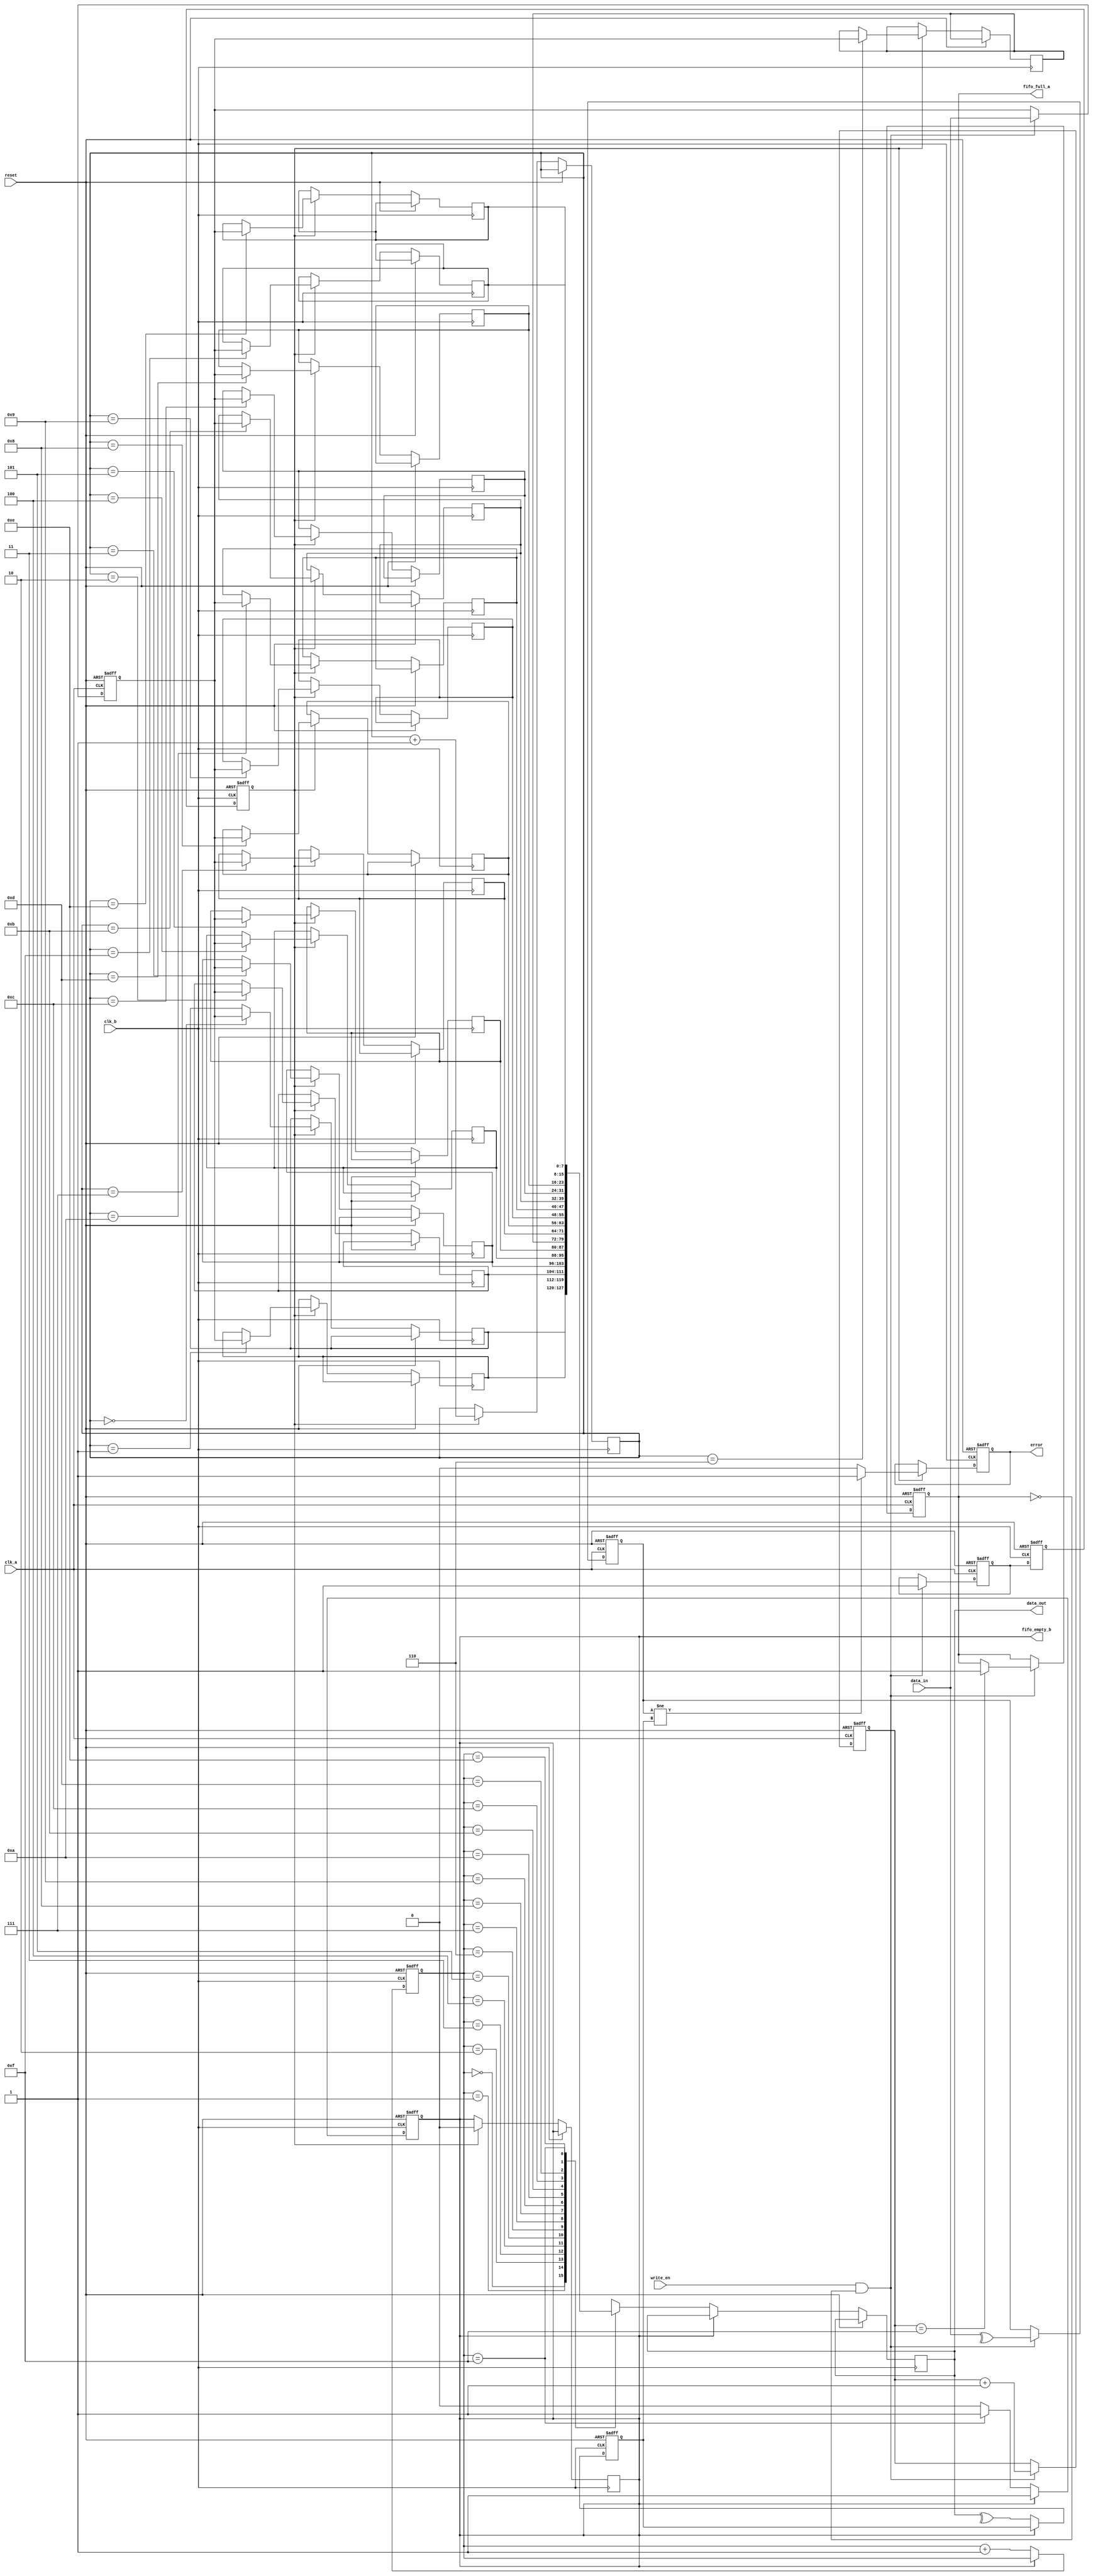
module cdc_memory_blocks (
    input wire clk_a,            // Source Clock Domain
    input wire clk_b,            // Destination Clock Domain
    input wire reset,            // Asynchronous reset
    input wire [7:0] data_in,    // Data input from Clock_A domain
    input wire write_en,         // Write enable signal in Clock_A domain
    output wire [7:0] data_out,   // Data output in Clock_B domain
    output wire error,           // Error signal
    output wire fifo_full_a,     // FIFO full status in Clock_A
    output wire fifo_empty_b      // FIFO empty status in Clock_B
);

    // FIFO parameters
    parameter FIFO_DEPTH = 16;
    parameter ADDR_WIDTH = 4; // log2(FIFO_DEPTH)

    // FIFO for Clock_A
    reg [7:0] fifo_a [0:FIFO_DEPTH-1];
    reg [ADDR_WIDTH-1:0] wr_ptr_a, rd_ptr_a;
    reg fifo_full_a_reg, fifo_empty_a_reg;

    // FIFO for Clock_B
    reg [7:0] fifo_b [0:FIFO_DEPTH-1];
    reg [ADDR_WIDTH-1:0] wr_ptr_b, rd_ptr_b;
    reg fifo_full_b_reg, fifo_empty_b_reg;

    // Parity bits
    reg parity_a, parity_b;
    reg parity_error;

    // Write logic for FIFO in Clock_A domain
    always @(posedge clk_a or posedge reset) begin
        if (reset) begin
            wr_ptr_a <= 0;
            fifo_full_a_reg <= 0;
            fifo_empty_a_reg <= 1;
            parity_a <= 0;
        end else begin
            if (write_en && !fifo_full_a_reg) begin
                fifo_a[wr_ptr_a] <= data_in;
                parity_a <= ^data_in; // Calculate parity
                wr_ptr_a <= wr_ptr_a + 1;
                fifo_empty_a_reg <= 0;
                if (wr_ptr_a == FIFO_DEPTH - 1) begin
                    fifo_full_a_reg <= 1;
                end
            end
        end
    end

    // Read logic for FIFO in Clock_B domain
    always @(posedge clk_b or posedge reset) begin
        if (reset) begin
            rd_ptr_b <= 0;
            fifo_full_b_reg <= 0;
            fifo_empty_b_reg <= 1;
            parity_b <= 0;
        end else begin
            if (!fifo_empty_b_reg) begin
                data_out <= fifo_b[rd_ptr_b];
                parity_b <= ^data_out; // Calculate parity
                rd_ptr_b <= rd_ptr_b + 1;
                fifo_full_b_reg <= 0;
                if (rd_ptr_b == FIFO_DEPTH - 1) begin
                    fifo_empty_b_reg <= 1;
                end
            end
        end
    end

    // Synchronizers for data transfer
    reg [7:0] sync_data;
    reg sync_valid;
    reg sync_valid_d;

    always @(posedge clk_a or posedge reset) begin
        if (reset) begin
            sync_data <= 0;
            sync_valid <= 0;
        end else begin
            if (write_en && !fifo_full_a_reg) begin
                sync_data <= data_in;
                sync_valid <= 1;
            end
        end
    end

    // Synchronization to Clock_B domain
    reg sync_valid_b;
    always @(posedge clk_b or posedge reset) begin
        if (reset) begin
            sync_valid_d <= 0;
            sync_valid_b <= 0;
        end else begin
            sync_valid_d <= sync_valid;
            sync_valid_b <= sync_valid_d;
            if (sync_valid_b) begin
                fifo_b[wr_ptr_b] <= sync_data;
                wr_ptr_b <= wr_ptr_b + 1;
                fifo_empty_b_reg <= 0;
                if (wr_ptr_b == FIFO_DEPTH - 1) begin
                    fifo_full_b_reg <= 1;
                end
            end
        end
    end

    // Error detection logic
    always @(posedge clk_b or posedge reset) begin
        if (reset) begin
            parity_error <= 0;
        end else begin
            if (sync_valid_b) begin
                if (parity_a != parity_b) begin
                    parity_error <= 1; // Error detected
                end else begin
                    parity_error <= 0; // No error
                end
            end
        end
    end

    assign error = parity_error;
    assign fifo_full_a = fifo_full_a_reg;
    assign fifo_empty_b = fifo_empty_b_reg;

endmodule